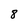
Character: 8